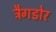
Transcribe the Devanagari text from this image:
ट्रैगडोर